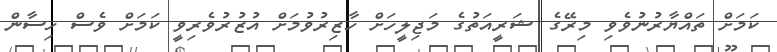
ކަމަށް ތައްޔާރުނުވެވި މިރޭގެ ޝަރީއަތުގެ މަޖިލީހަށް ހާޒިރުވުމަށް އުޒުރުވެރިވީ ކަމަށް ވެސް ހިސާން